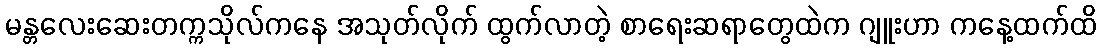
မန္တလေးဆေးတက္ကသိုလ်ကနေ အသုတ်လိုက် ထွက်လာတဲ့ စာရေးဆရာတွေထဲက ဂျူးဟာ ကနေ့ထက်ထိ